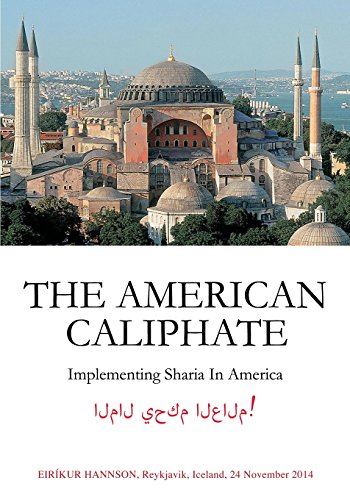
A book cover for THE AMERICAN CALIPHATE; EIRÃEKUR HANNSON; Religion & Spirituality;